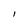
Character: l